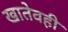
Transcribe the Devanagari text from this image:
खातेवही